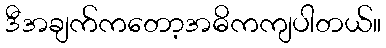
ဒီအချက်ကတော့အဓိကကျပါတယ်။